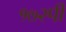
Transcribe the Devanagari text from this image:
१७२पी